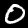
Digit: 0